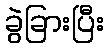
ခွဲခြားပြီး